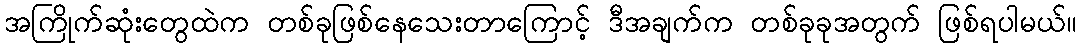
အကြိုက်ဆုံးတွေထဲက တစ်ခုဖြစ်နေသေးတာကြောင့် ဒီအချက်က တစ်ခုခုအတွက် ဖြစ်ရပါမယ်။